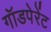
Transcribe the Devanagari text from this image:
गॉडपेरेंट